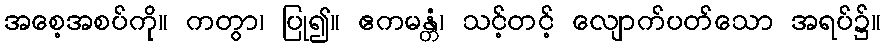
အစေ့အစပ်ကို။ ကတွာ၊ ပြု၍။ ဧကမန္တံ၊ သင့်တင့် လျောက်ပတ်သော အရပ်၌။